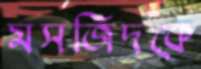
মসজিদকে